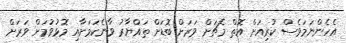
އެހެންނަމަވެސް ކުރިއަށް އޮތް މެޗަށް ވަރަށް ބޮޑަށް ތައްޔާރު ވާނެކަމަށާއި މޮޅުވުމަށް ވަރަށް